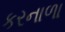
કરનાળા